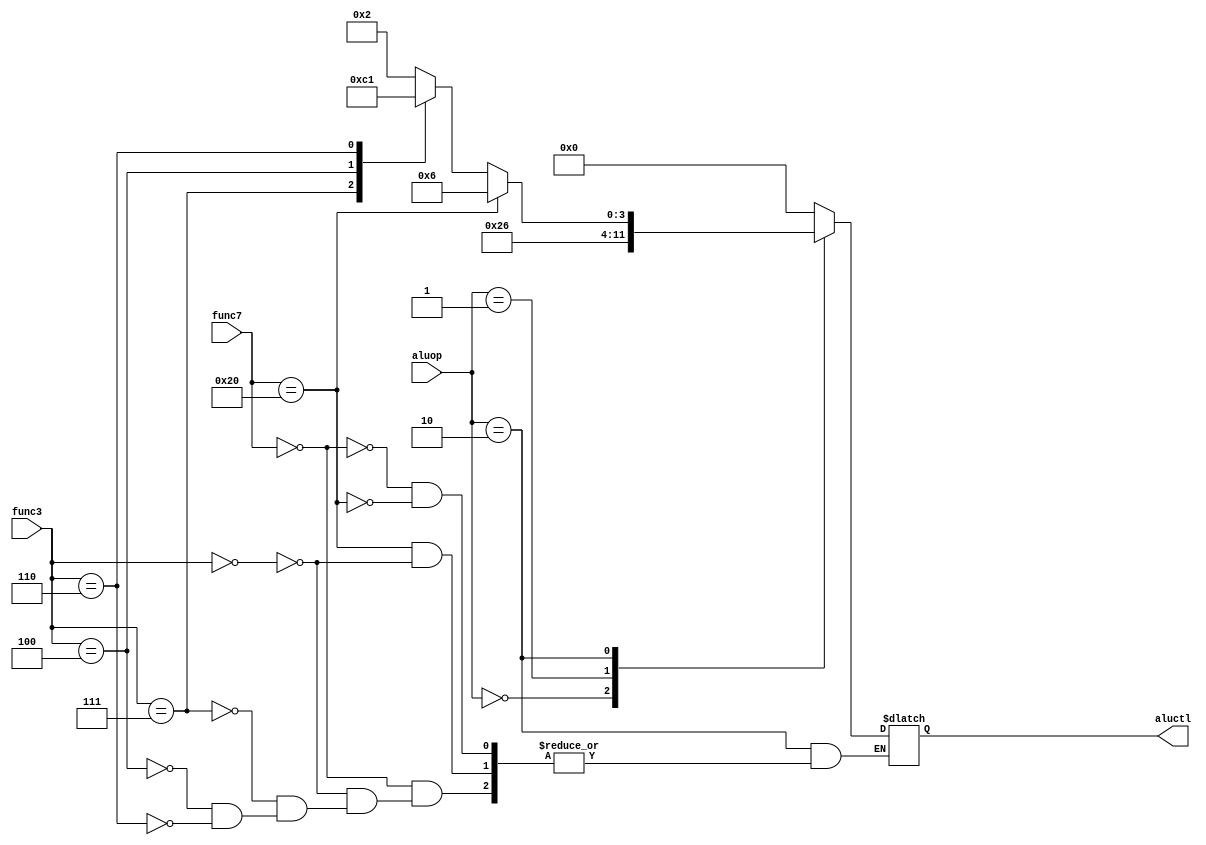
module alucontrol(aluop, func7, func3, aluctl);

    input [1:0] aluop;
    input [6:0] func7;
    input [2:0] func3;

    output reg [3:0] aluctl;

    always @ (aluop, func7, func3)
      begin
        case (aluop)
            2'b00:
              aluctl <= 4'b0010;
            2'b01:
              aluctl <= 4'b0110;
            2'b10:
              begin
                case (func7)
                    7'b0000000:
                      begin
                        case (func3)
                            3'b000:
                              aluctl <= 4'b0010;
                            3'b111:
                              aluctl <= 4'b0000;
                            3'b100:
                              aluctl <= 4'b1100;
                            3'b110:
                              aluctl <= 4'b0001;
                        endcase
                      end
                    7'b0100000:
                      begin
                        case (func3)
                            3'b000:
                              aluctl <= 4'b0110;
                        endcase
                      end
                endcase
              end
            default:
              aluctl <= 4'b0000;
        endcase
      end
endmodule